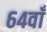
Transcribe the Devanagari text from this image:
६४वाँ